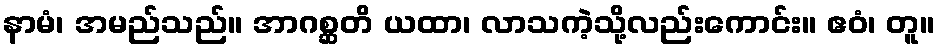
နာမံ၊ အမည်သည်။ အာဂစ္ဆတိ ယထာ၊ လာသကဲ့သို့လည်းကောင်း။ ဧဝံ၊ တူ။